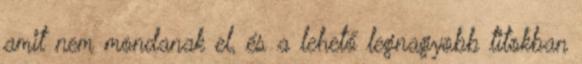
amit nem mondanak el, és a lehető legnagyobb titokban